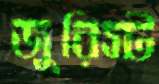
জুরিস্ট